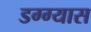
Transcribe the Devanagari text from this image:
डग्ग्यास